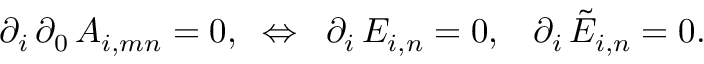
\partial _ { i } \, \partial _ { 0 } \, { \cal A } _ { i , m n } = 0 , \; \; \Leftrightarrow \; \; \partial _ { i } \, { \cal E } _ { i , n } = 0 , \; \; \; \partial _ { i } \, \tilde { \cal E } _ { i , n } = 0 .